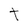
Character: t